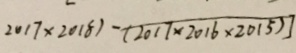
2 0 1 7 \times 2 0 1 8 ) - ( 2 0 1 7 \times 2 0 1 6 \times 2 0 1 5 ) ]